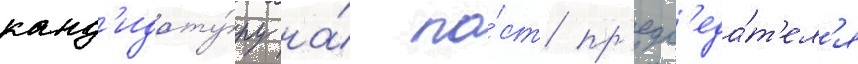
канд'идату́ру на́ по́ст пр'едс'еда́т'ел'я